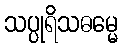
သပ္ပုရိသဓမ္မေ